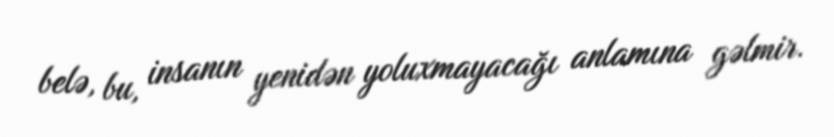
belə, bu, insanın yenidən yoluxmayacağı anlamına gəlmir.